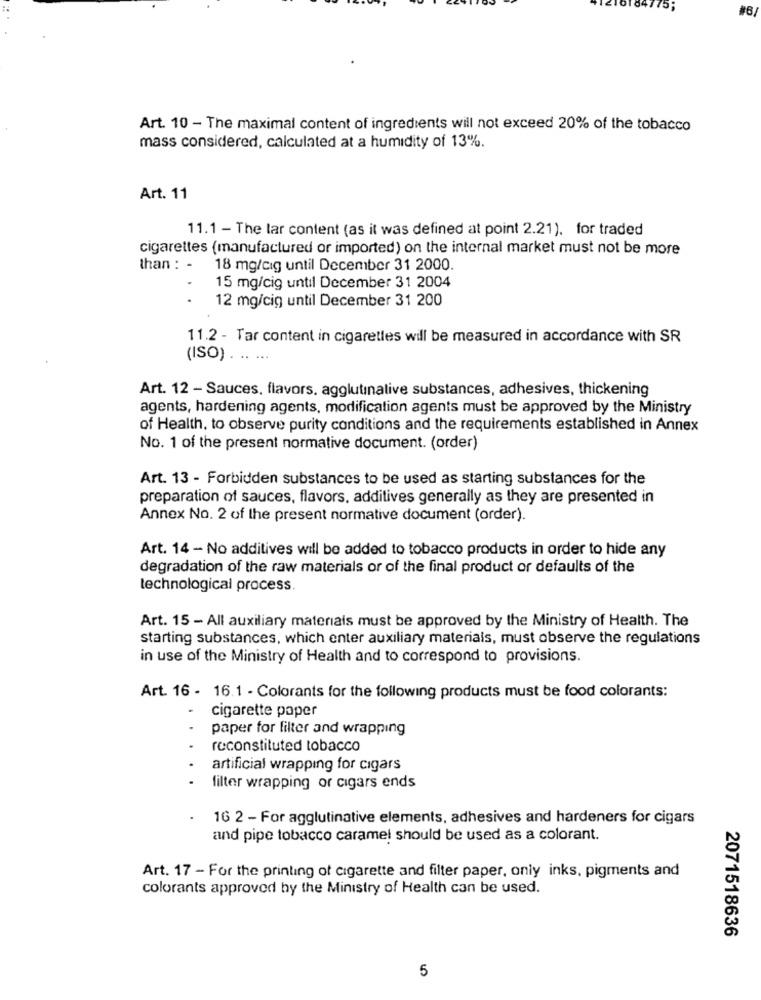
184
175,
#6
Art. 10 - The maximal content of ingredients will not exceed 20% of the tobacco
mass considered, calculated at a humidity of 13%.
Art. 11
11.1 - The lar content (as it was defined at point 2.21). for traded
cigarettes (manufactured or imported) on the internal market must not be more
than : -
18 mg/cig until December 31 2000.
15 mg/cig until December 31 2004
12 mg/cig until December 31 200
11.2 - Tar content in cigarettes will be measured in accordance with SR
(ISO) . .. ...
Art. 12 - Sauces, flavors, agglutinalive substances, adhesives, thickening
agents, hardening agents, modification agents must be approved by the Ministry
of Health, to observe purity conditions and the requirements established in Annex
No. 1 of the present normative document. (order)
Art. 13 - Forbidden substances to be used as starting substances for the
preparation of sauces, flavors, additives generally as they are presented in
Annex No. 2 of the present normative document (order).
Art. 14 - No additives will be added to tobacco products in order to hide any
degradation of the raw materials or of the final product or defaults of the
technological process.
Art. 15 - All auxiliary materials must be approved by the Ministry of Health. The
starting substances, which enter auxiliary materials, must observe the regulations
in use of the Ministry of Health and to correspond to provisions.
Art. 16 - 16.1 - Colorants for the following products must be food colorants:
cigarette paper
paper for filter and wrapping
reconstituted tobacco
artificial wrapping for cigars
filter wrapping or cigars ends
16 2 - For agglutinative elements, adhesives and hardeners for cigars
and pipe tobacco caramel should be used as a colorant.
Art. 17 - For the printing of cigarette and filter paper, only inks, pigments and
colorants approved by the Ministry of Health can be used.
2071518636
5